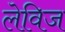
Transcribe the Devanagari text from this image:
लेविज